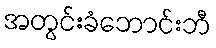
အတွင်းခံဘောင်းဘီ